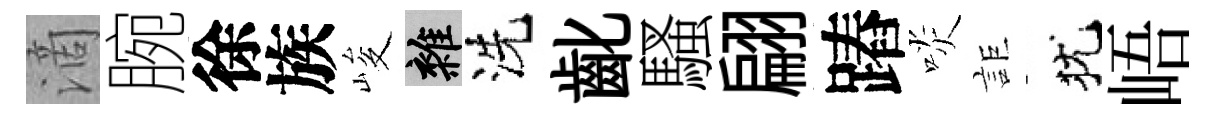
滴腕徐族峻雜洗齔騷翩蹖啖詎犹峿